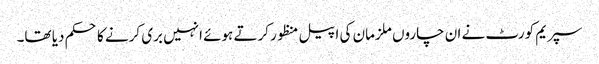
سپریم کورٹ نے ان چاروں ملزمان کی اپیل منظور کرتے ہوئے انہیں بری کرنے کا حکم دیا تھا۔